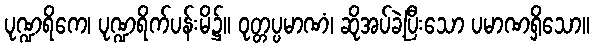
ပုဏ္ဍရိကေ၊ ပုဏ္ဍရိက်ပန်းမိ၌။ ဝုတ္တပ္ပမာဏံ၊ ဆိုအပ်ခဲ့ပြီးသော ပမာဏရှိသော။